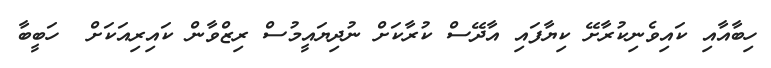
ހިބާއާއި ކައިވެނިކުރާށޭ ކިޔާފައި އާދޭސް ކުރާކަށް ނުދިޔައީމުސް ރިޒްވާން ކައިރިއަކަށް  ހަބީބާ